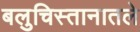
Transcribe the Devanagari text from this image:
बलुचिस्तानातले